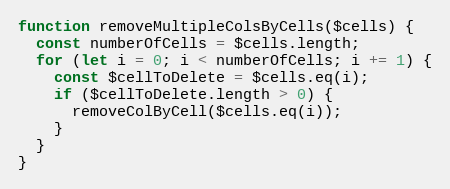
Language: JavaScript
function removeMultipleColsByCells($cells) {
  const numberOfCells = $cells.length;
  for (let i = 0; i < numberOfCells; i += 1) {
    const $cellToDelete = $cells.eq(i);
    if ($cellToDelete.length > 0) {
      removeColByCell($cells.eq(i));
    }
  }
}